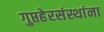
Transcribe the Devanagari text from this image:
गुप्तहेरसंस्थांना